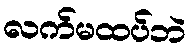
လက်မထပ်ဘဲ